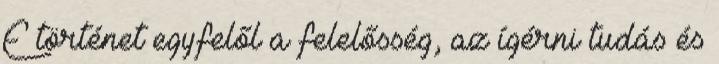
E történet egyfelől a felelősség, az ígérni tudás és